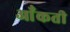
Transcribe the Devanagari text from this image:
आँकती